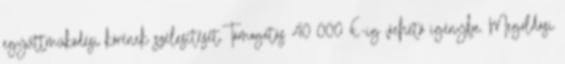
együttműködési körének szélesítését.Támogatás 40 000 €-ig vehető igénybe. Megoldási